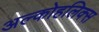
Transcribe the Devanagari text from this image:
अल्कोहलिक्स